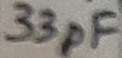
Text: 33pF